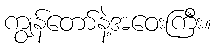
ကျွန်တော်နဲ့အဝေးကြီး။